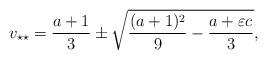
LaTeX: \begin{align*}v_{\star \star}=\frac{a+1}{3}\pm\sqrt{\frac{(a+1)^2}{9}-\frac{a+\varepsilon c}{3}}, \end{align*}